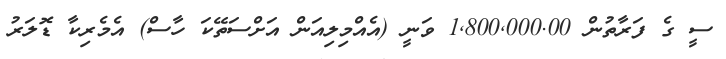
ސީ ގެ ފަރާތުން 1